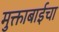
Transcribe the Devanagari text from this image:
मुक्ताबाईचा